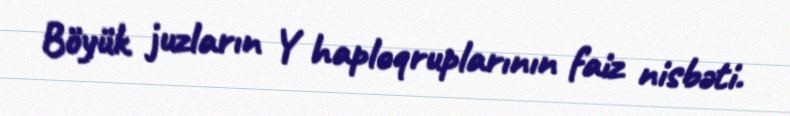
Böyük juzların Y haploqruplarının faiz nisbəti.